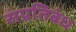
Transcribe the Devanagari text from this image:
संप्रतिबंध